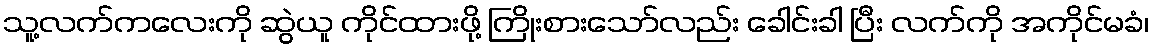
သူ့လက်ကလေးကို ဆွဲယူ ကိုင်ထားဖို့ ကြိုးစားသော်လည်း ခေါင်းခါ ပြီး လက်ကို အကိုင်မခံ၊